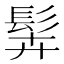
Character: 䯵